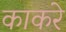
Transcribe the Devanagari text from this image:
काकरे